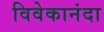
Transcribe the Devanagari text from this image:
विवेकानंदा